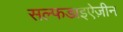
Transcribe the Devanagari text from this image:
सल्फडाइऐज़ीन